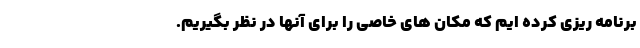
برنامه ریزی کرده ایم که مکان های خاصی را برای آنها در نظر بگیریم.